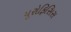
યૂરોફિસિસ